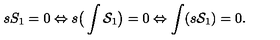
s S _ { 1 } = 0 \Leftrightarrow s \big ( \int { \cal S } _ { 1 } \big ) = 0 \Leftrightarrow \int ( s { \cal S } _ { 1 } ) = 0 .